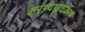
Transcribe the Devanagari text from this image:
करण्याइतकाच